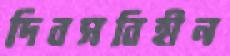
দিবসবিহীন